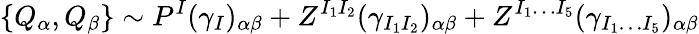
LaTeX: \{ Q_{\alpha},Q_{\beta}\} \sim P^{I}(\gamma_{I})_{\alpha\beta}+Z^{I_{1}I_{2}}(\gamma_{I_{1}I_{2}})_{\alpha\beta}+Z^{I_{1}\ldots I_{5}}(\gamma_{I_{1}\ldots I_{5}})_{\alpha\beta}